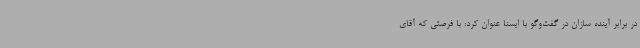
در برابر آینده سازان در گفت‌وگو با ایسنا عنوان کرد: با فرصتی که آقای